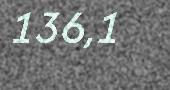
136,1